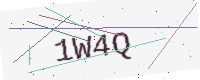
Text: 1W4Q